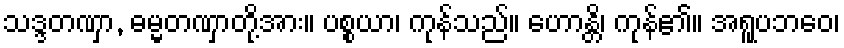
သဒ္ဒတဏှာ, ဓမ္မတဏှာတို့အား။ ပစ္စယာ၊ ကုန်သည်။ ဟောန္တိ၊ ကုန်၏။ အရူပဘဝေ၊